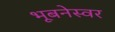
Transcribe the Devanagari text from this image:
भूबनेस्वर